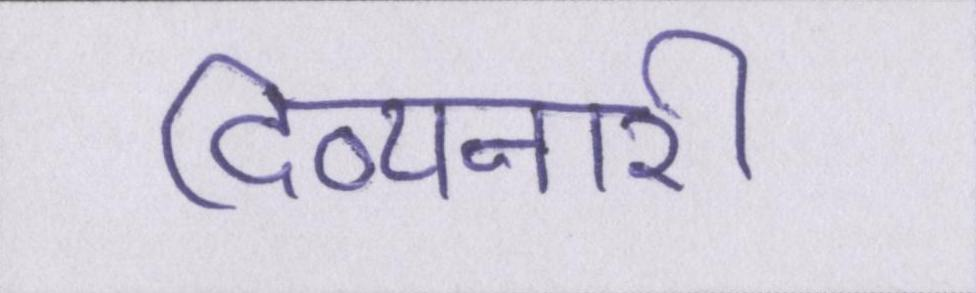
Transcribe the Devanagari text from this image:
दिव्यनारी